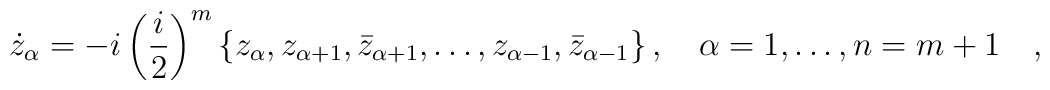
\dot{z}_\alpha=-i\left(\frac{i}{2}\right)^m  \{z_\alpha,z_{\alpha+1},\bar{z}_{\alpha+1},   \dots,z_{\alpha-1},\bar{z}_{\alpha-1}\}\,,\quad \alpha=1,\dots,n=m+1 \quad,